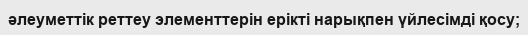
әлеуметтік реттеу элементтерін ерікті нарықпен үйлесімді қосу;